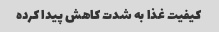
کیفیت غذا به شدت کاهش پیدا کرده